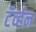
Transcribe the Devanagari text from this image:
टॅर्व्हन